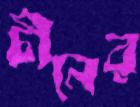
চীনের